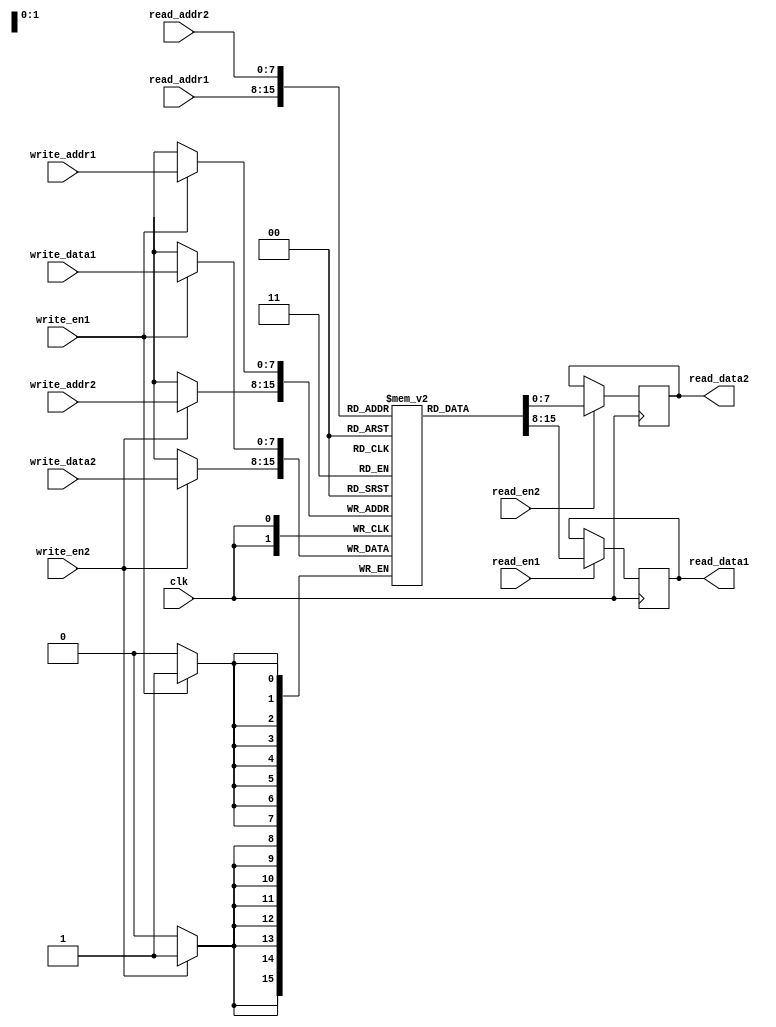
module dual_port_ram (
    input wire clk,
    input wire [7:0] read_addr1,
    input wire read_en1,
    output reg [7:0] read_data1,
    input wire [7:0] write_addr1,
    input wire [7:0] write_data1,
    input wire write_en1,
    
    input wire [7:0] read_addr2,
    input wire read_en2,
    output reg [7:0] read_data2,
    input wire [7:0] write_addr2,
    input wire [7:0] write_data2,
    input wire write_en2
);

reg [7:0] mem[0:255];

always @ (posedge clk) begin
    if (read_en1) begin
        read_data1 <= mem[read_addr1];
    end
    if (write_en1) begin
        mem[write_addr1] <= write_data1;
    end
    
    if (read_en2) begin
        read_data2 <= mem[read_addr2];
    end
    if (write_en2) begin
        mem[write_addr2] <= write_data2;
    end
end

endmodule